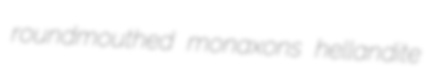
roundmouthed monaxons hellandite